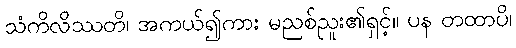
သံကိလိဿတိ၊ အကယ်၍ကား မညစ်ညူး၏ရှင့်။ ပန တထာပိ၊